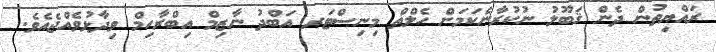
ރައްޔިތުން ދެން ޤަބޫލު ނުކުރާނެކަމަށް ހެލްތް މިނިސްޓަރ އަބްދު ނާޒިމް އިބްރާހިމް ވިދާޅުވެއްޖެއެވެ.